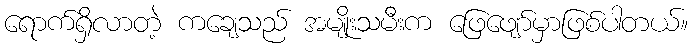
ရောက်ရှိလာတဲ့ ကချေသည် အမျိုးသမီးက ဖြေဖျော်မှာဖြစ်ပါတယ်။